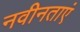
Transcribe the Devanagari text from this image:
नवीनताएं